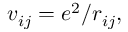
\begin{array} { r } { v _ { i j } = e ^ { 2 } / r _ { i j } , } \end{array}